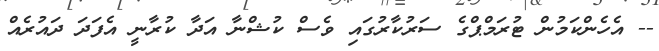
-- އެހެންކަމުން ޓުރަމްޕްގެ ސަރުކާރުގައި ވެސް ކުޝްނާ އަދާ ކުރާނީ އެފަދަ ދައުރެއް